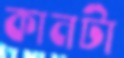
কানটা